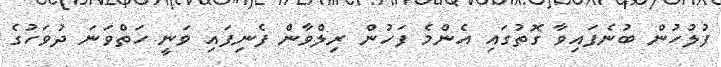
ފުލުހުން ބުނެފައިވާ ގޮތުގައި އެންމެ ފަހުން ރިލްވާން ފެނިފައި ވަނީ ހަތްވަނަ ދުވަހުގެ